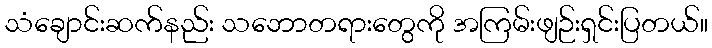
သံချောင်းဆက်နည်း သဘောတရားတွေကို အကြမ်းဖျဉ်းရှင်းပြတယ်။